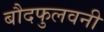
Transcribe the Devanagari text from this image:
बौदफुलवनी